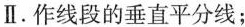
Ⅱ.作线段的垂直平分线；